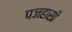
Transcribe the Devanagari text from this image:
पजहासी